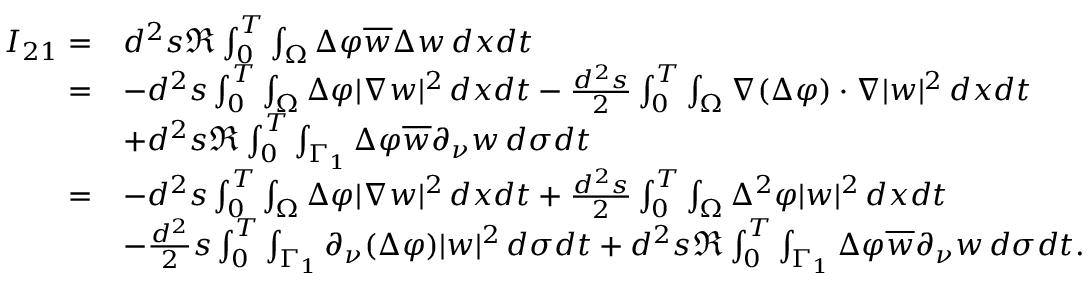
\begin{array} { r l } { I _ { 2 1 } = } & { d ^ { 2 } s \Re \int _ { 0 } ^ { T } \int _ { \Omega } \Delta \varphi \overline { { w } } \Delta w \, d x d t } \\ { = } & { - d ^ { 2 } s \int _ { 0 } ^ { T } \int _ { \Omega } \Delta \varphi | \nabla w | ^ { 2 } \, d x d t - \frac { d ^ { 2 } s } { 2 } \int _ { 0 } ^ { T } \int _ { \Omega } \nabla ( \Delta \varphi ) \cdot \nabla | w | ^ { 2 } \, d x d t } \\ & { + d ^ { 2 } s \Re \int _ { 0 } ^ { T } \int _ { \Gamma _ { 1 } } \Delta \varphi \overline { { w } } \partial _ { \nu } w \, d \sigma d t } \\ { = } & { - d ^ { 2 } s \int _ { 0 } ^ { T } \int _ { \Omega } \Delta \varphi | \nabla w | ^ { 2 } \, d x d t + \frac { d ^ { 2 } s } { 2 } \int _ { 0 } ^ { T } \int _ { \Omega } \Delta ^ { 2 } \varphi | w | ^ { 2 } \, d x d t } \\ & { - \frac { d ^ { 2 } } { 2 } s \int _ { 0 } ^ { T } \int _ { \Gamma _ { 1 } } \partial _ { \nu } ( \Delta \varphi ) | w | ^ { 2 } \, d \sigma d t + d ^ { 2 } s \Re \int _ { 0 } ^ { T } \int _ { \Gamma _ { 1 } } \Delta \varphi \overline { { w } } \partial _ { \nu } w \, d \sigma d t . } \end{array}